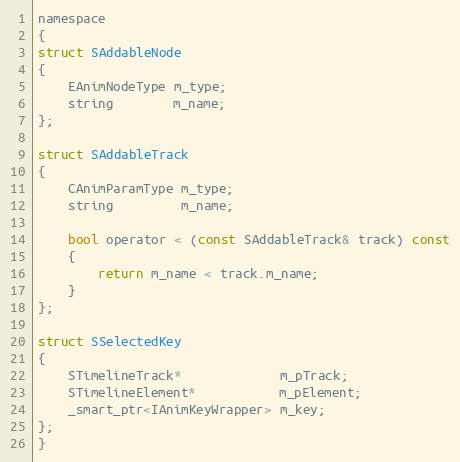
Language: C
namespace
{
struct SAddableNode
{
	EAnimNodeType m_type;
	string        m_name;
};

struct SAddableTrack
{
	CAnimParamType m_type;
	string         m_name;

	bool operator < (const SAddableTrack& track) const
	{
		return m_name < track.m_name;
	}
};

struct SSelectedKey
{
	STimelineTrack*             m_pTrack;
	STimelineElement*           m_pElement;
	_smart_ptr<IAnimKeyWrapper> m_key;
};
}